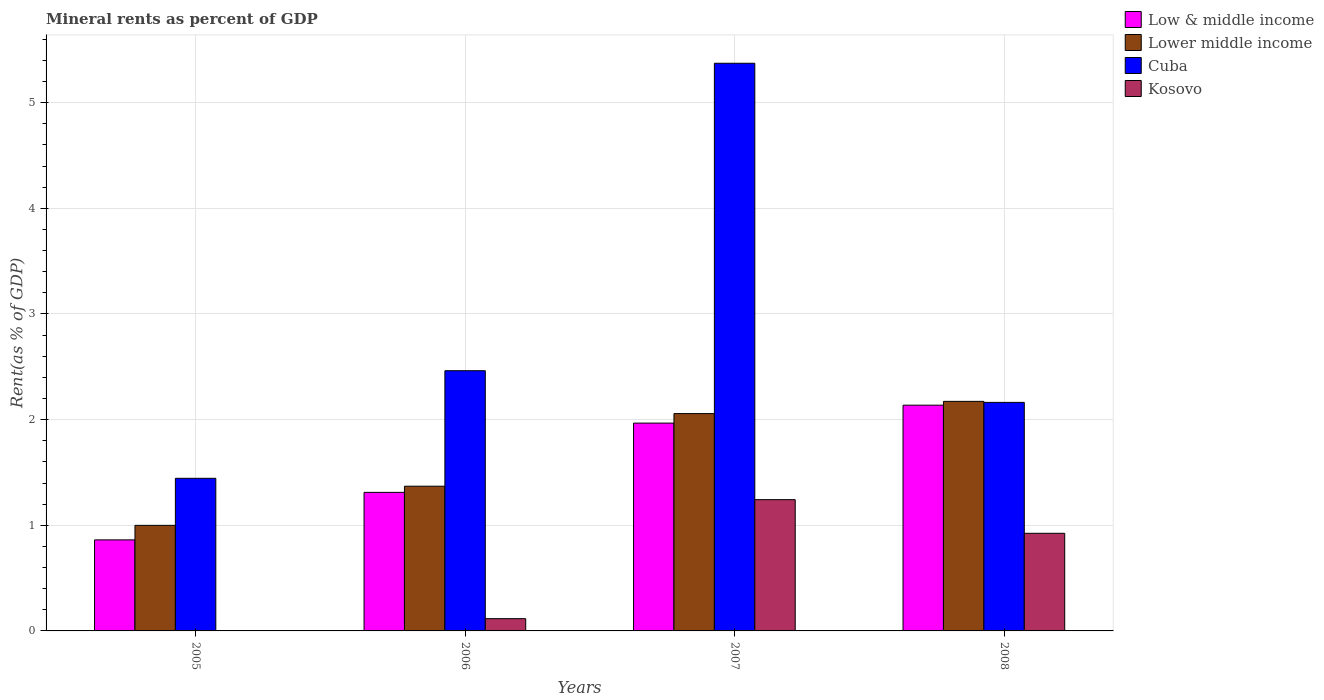
| Years | Low & middle income | Lower middle income | Cuba | Kosovo |
 | --- | --- | --- | --- | --- |
 | 2005 | 0.862 | 0.999 | 1.44 | 0.00294 |
 | 2006 | 1.31 | 1.37 | 2.46 | 0.116 |
 | 2007 | 1.97 | 2.06 | 5.37 | 1.24 |
 | 2008 | 2.14 | 2.17 | 2.16 | 0.924 |